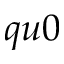
q u 0